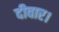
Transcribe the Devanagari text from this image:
दीवार।